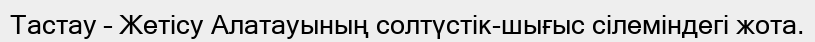
Тастау – Жетісу Алатауының солтүстік-шығыс сілеміндегі жота.